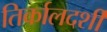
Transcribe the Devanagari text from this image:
तिर्कालदर्शी